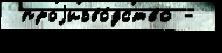
 проjизво́дство -